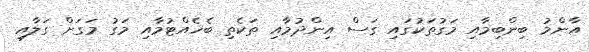
އާންމު ބިންބިމާއި މަގުތަކުގައި ގަސް އިންދުމާއި ތަކެތި ބެހެއްޓުމާއި މަގު މަގަށް ގަލާއި